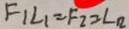
F _ { 1 } L _ { 1 } = F _ { 2 } = \angle _ { 2 }